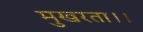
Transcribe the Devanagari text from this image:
मुखरता।।